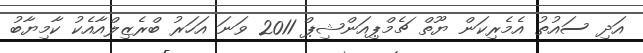
އަދި ސައުތު އެމެރިކަން ޔޫތް ޗެމްޕިއަންޝިޕް 2011 ވަނަ އަހަރު ބްރެޒިލްއާއެކު ކާމިޔާބު